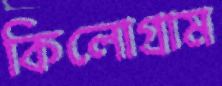
কিলোগ্রাম